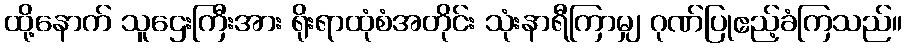
ထို့နောက် သူဌေးကြီးအား ရိုးရာထုံစံအတိုင်း သုံးနာရီကြာမျှ ဂုဏ်ပြုဧည့်ခံကြသည်။